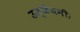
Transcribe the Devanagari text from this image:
उज्जैयनी।